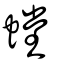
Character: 螳